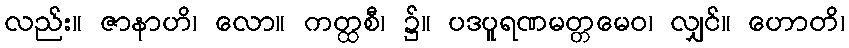
လည်း။ ဇာနာဟိ၊ လော။ ကတ္ထစီ၊ ၌။ ပဒပူရဏမတ္တမေဝ၊ လျှင်။ ဟောတိ၊